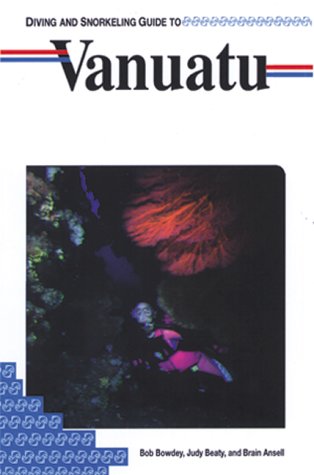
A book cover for Diving and Snorkeling Guide to Vanuatu (Lonely Planet Diving & Snorkeling Great Barrier Reef); Bob Bowdey; Travel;